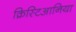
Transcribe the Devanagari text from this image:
क्रिस्टिआनिया